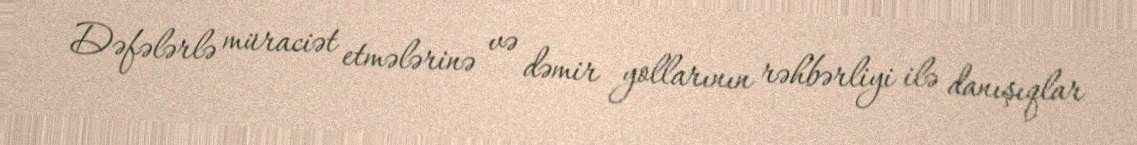
Dəfələrlə müraciət etmələrinə və dəmir yollarının rəhbərliyi ilə danışıqlar